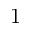
\boldsymbol { 1 }